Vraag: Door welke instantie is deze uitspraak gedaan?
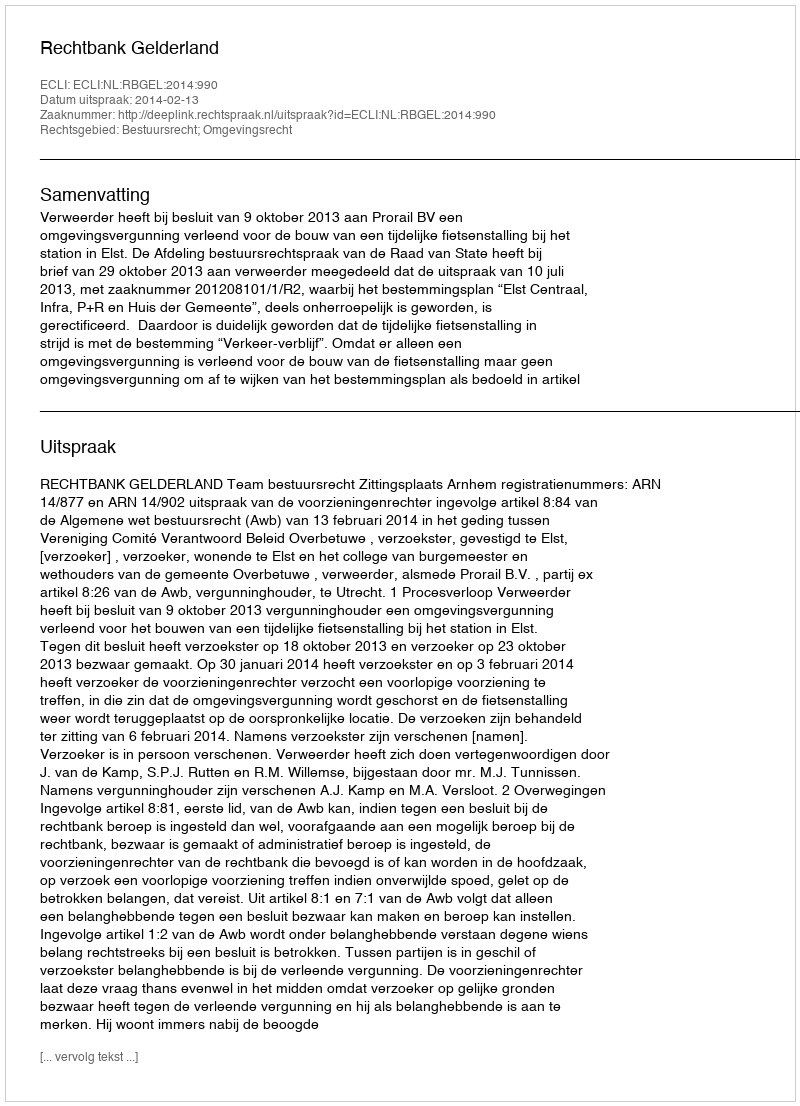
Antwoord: Rechtbank Gelderland